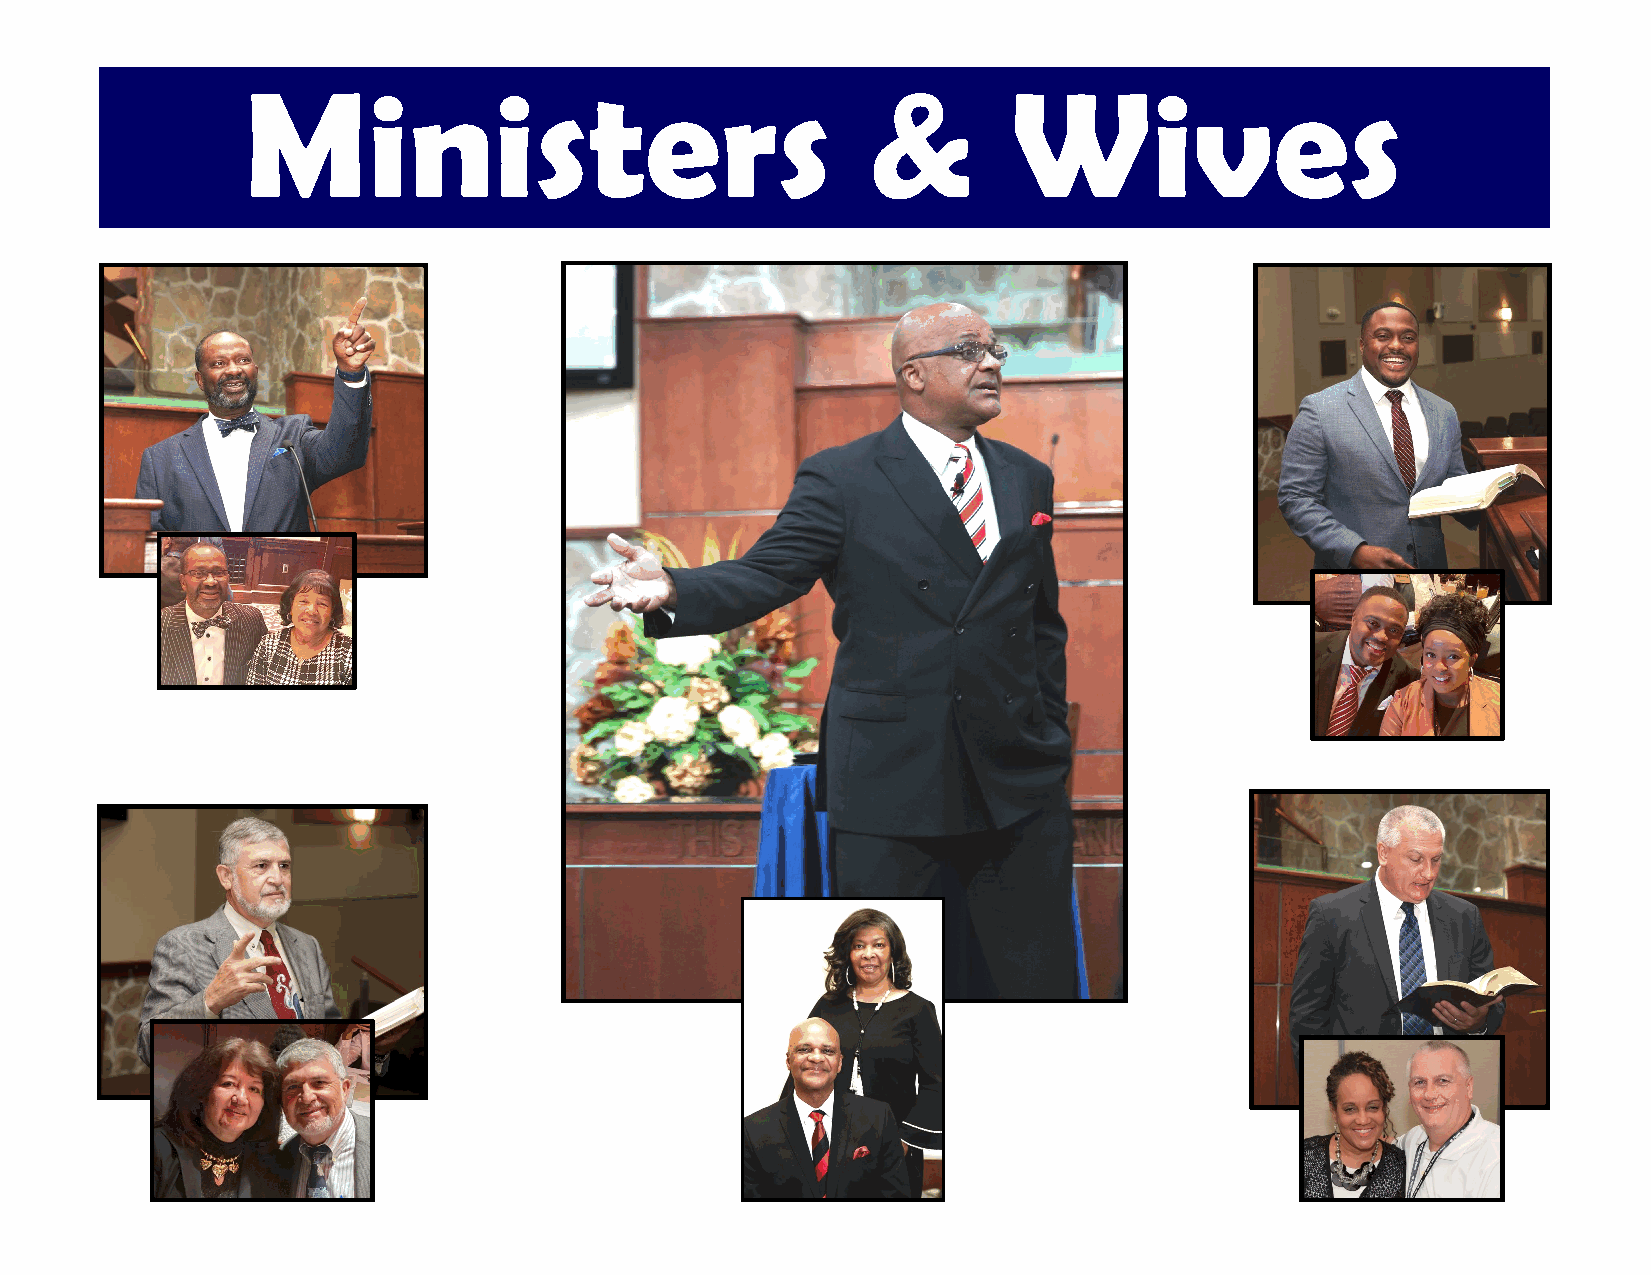
Ministers                                &         Wives